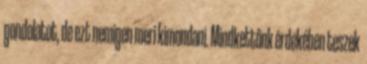
gondolatot, de ezt nemigen meri kimondani. Mindkettőnk érdekében teszek